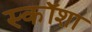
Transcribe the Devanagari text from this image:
स्कॉशा